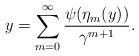
LaTeX: \begin{align*}y=\sum_{m=0}^\infty \frac{\psi(\eta_m(y))}{\gamma^{m+1}}.\end{align*}